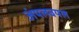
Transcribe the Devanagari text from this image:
अंपलवयल